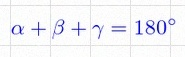
\alpha+\beta+\gamma=180^\circ